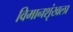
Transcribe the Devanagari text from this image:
विमानशृंखला